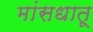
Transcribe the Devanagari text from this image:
मांसधातू